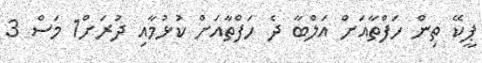
ޕީކޭ ތިން ހަފްތާއަށް އަލްބާ ދެ ހަފްތާއަށް ކުޅުމާއި ދުރަށް1 މަސް 3